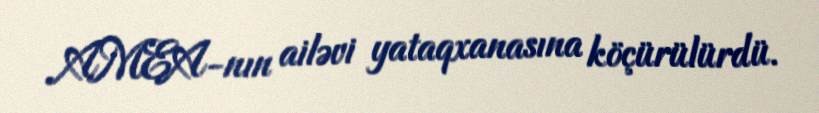
AMEA-nın ailəvi yataqxanasına köçürülürdü.